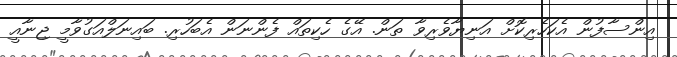
އިންސާފުން އެކަހެރިކޮށް އަނިޔާވެރިވާ ތަން. އޭގެ ހެކިތައް ފެންނަން އެބަހުރި. ބައިނަލްއަގުވާމީ ޖިނާއީ